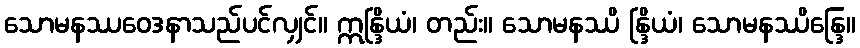
သောမနဿဝေဒနာသည်ပင်လျှင်။ ဣန္ဒြိယံ၊ တည်း။ သောမနဿိ န္ဒြိယံ၊ သောမနဿိန္ဒြေ။